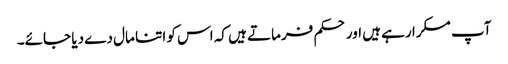
آپ مسکرا رہے ہیں اور حکم فرماتے ہیں کہ اس کو اتنا مال دے دیا جائے۔